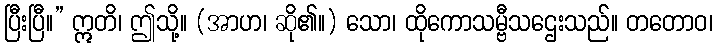
ပြီးပြီ။” ဣတိ၊ ဤသို့။ (အာဟ၊ ဆို၏။) သော၊ ထိုကောသမ္ဗီသဌေးသည်။ တတောဝ၊